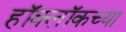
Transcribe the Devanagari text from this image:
हॉक्लॉकच्या